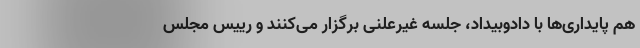
هم پایداری‌ها با دادوبیداد، جلسه غیرعلنی برگزار می‌کنند و رییس مجلس